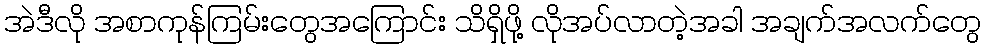
အဲဒီလို အစာကုန်ကြမ်းတွေအကြောင်း သိရှိဖို့ လိုအပ်လာတဲ့အခါ အချက်အလက်တွေ